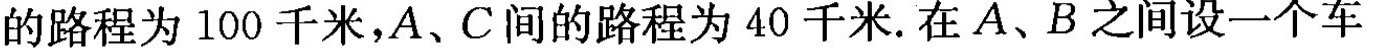
的路程为100千米，A、C间的路程为40千米.在A、B之间设一个车